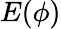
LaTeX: E(\phi)